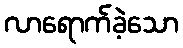
လာရောက်ခဲ့သော